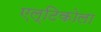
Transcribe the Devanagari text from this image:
एल्टिकोला